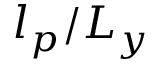
l _ { p } / L _ { y }